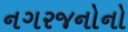
નગરજનોનો